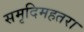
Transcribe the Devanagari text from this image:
समृदिमहतरा